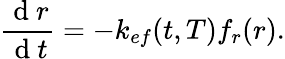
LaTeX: \frac{\mathrm{~d~}r}{\mathrm{~d~}t}=-k_{ef}(t,T)f_{r}(r).